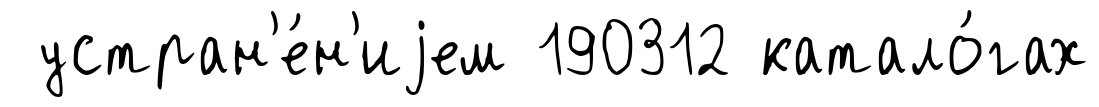
устран'е́н'иjем 190312 катало́гах